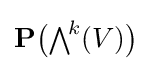
{\textstyle \mathbf {P} {\bigl (}{\textstyle \bigwedge }^{\!k}(V){\bigr )}}